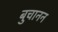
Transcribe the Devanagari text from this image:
बुचानन